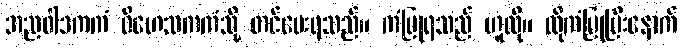
အညဝါဒကကံ ဝိဟေသကကံသို့ တင်ပေးရသည်။ ကံပြုရသည် ဟူလို။ ထိုကံပြုပြီးနောက်